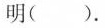
明().